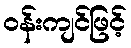
ဝန်းကျင်ဖြင့်